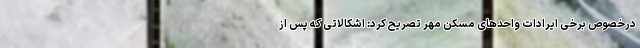
درخصوص برخی ایرادات واحدهای مسکن مهر تصریح کرد: اشکالاتی که پس از